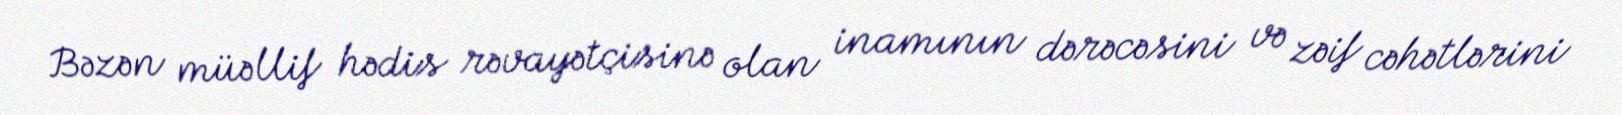
Bəzən müəllif hədis rəvayətçisinə olan inamının dərəcəsini və zəif cəhətlərini